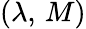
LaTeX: (\lambda,\, M)